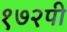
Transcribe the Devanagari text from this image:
१७२पी